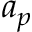
a _ { p }